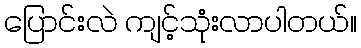
ပြောင်းလဲ ကျင့်သုံးလာပါတယ်။